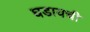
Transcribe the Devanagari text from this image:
घडायची